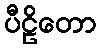
ပီဠိတော